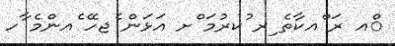
ްއ ރަ ްއކާތެ ިރ ުކރުމަ ްށ އަޅަން ެޖހޭ ެއންމެ ާހ